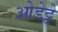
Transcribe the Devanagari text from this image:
ओडेट्टे